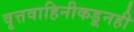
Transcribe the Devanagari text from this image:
वृत्तवाहिनीकडूनही